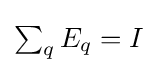
{\textstyle \sum _{q}E_{q}=I}